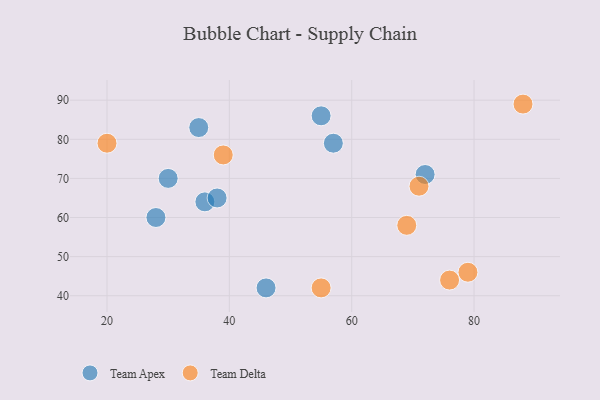
{"axis": {"x": "GDP", "y": "Life Expectancy"}, "legend": ["Team Apex", "Team Delta"], "data": [{"x": "28", "y": 60, "type": "Team Apex"}, {"x": "30", "y": 70, "type": "Team Apex"}, {"x": "46", "y": 42, "type": "Team Apex"}, {"x": "57", "y": 79, "type": "Team Apex"}, {"x": "55", "y": 86, "type": "Team Apex"}, {"x": "36", "y": 64, "type": "Team Apex"}, {"x": "72", "y": 71, "type": "Team Apex"}, {"x": "38", "y": 65, "type": "Team Apex"}, {"x": "35", "y": 83, "type": "Team Apex"}, {"x": "88", "y": 89, "type": "Team Delta"}, {"x": "79", "y": 46, "type": "Team Delta"}, {"x": "76", "y": 44, "type": "Team Delta"}, {"x": "55", "y": 42, "type": "Team Delta"}, {"x": "39", "y": 76, "type": "Team Delta"}, {"x": "20", "y": 79, "type": "Team Delta"}, {"x": "71", "y": 68, "type": "Team Delta"}, {"x": "69", "y": 58, "type": "Team Delta"}]}